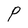
Character: P